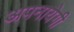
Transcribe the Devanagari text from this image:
अपनायेगी